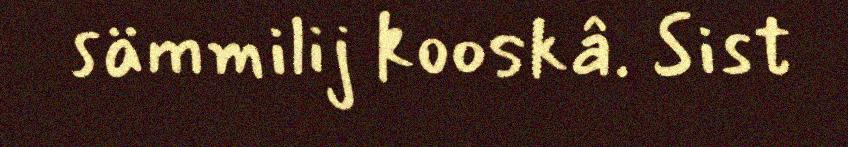
sämmilij kooskâ. Sist